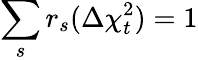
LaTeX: \sum_{s}r_{s}(\Delta\chi_{t}^{2})=1